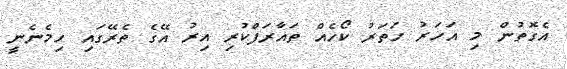
އެގޮތުން މި އަހަރު ހަތަރު ކޯހެއް ތައާރަފްކުރި އިރު އޭގެ ތެރޭގައި ހިމެނެނީ